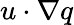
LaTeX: u\cdot\nabla q